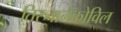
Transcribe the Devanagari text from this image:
तिरुवानैकोविल